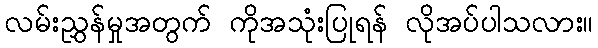
လမ်းညွှန်မှုအတွက် ကိုအသုံးပြုရန် လိုအပ်ပါသလား။